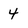
Character: 4